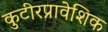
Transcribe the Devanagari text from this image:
कुटीरप्रावेशिक